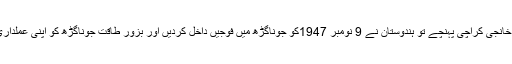
جب نواب مہابت خانجی کراچی پہنچے تو ہندوستان نے 9 نومبر 1947کو جوناگڑھ میں فوجیں داخل کردیں اور بزور طاقت جوناگڑھ کو اپنی عملداری میں داخل کرلیا۔